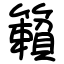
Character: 籟